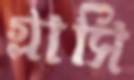
গ্লাসি